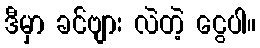
ဒီမှာ ခင်ဗျား လဲတဲ့ ငွေပါ။